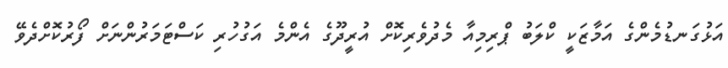
އަޅުގަނޑުމެންގެ އަމާޒަކީ ކްލަބު ޕްރިމިއާ މެދުވެރިކޮށް އުރީދޫގެ އެންމެ އަގުހުރި ކަސްޓަމަރުންނަށް ފޯރުކޮށްދެވޭ